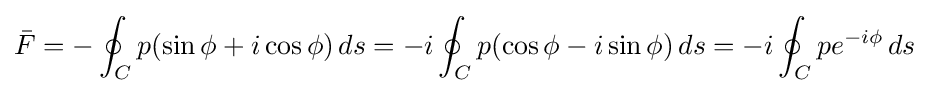
{\bar {F}}=-\oint _{C}p(\sin \phi +i\cos \phi )\,ds=-i\oint _{C}p(\cos \phi -i\sin \phi )\,ds=-i\oint _{C}pe^{-i\phi }\,ds